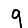
Digit: 9